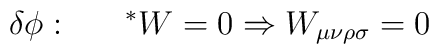
\delta{\phi} :~~~~~^{*}W=0\Rightarrow W_{\mu\nu\rho\sigma}=0